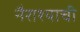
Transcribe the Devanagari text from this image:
नैराश्याची